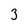
Character: 3